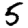
Digit: 5